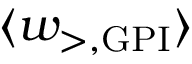
\ensuremath { \langle w _ { \mathrm { > , G P I } } \rangle }